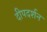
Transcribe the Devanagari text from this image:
दीपदर्शन